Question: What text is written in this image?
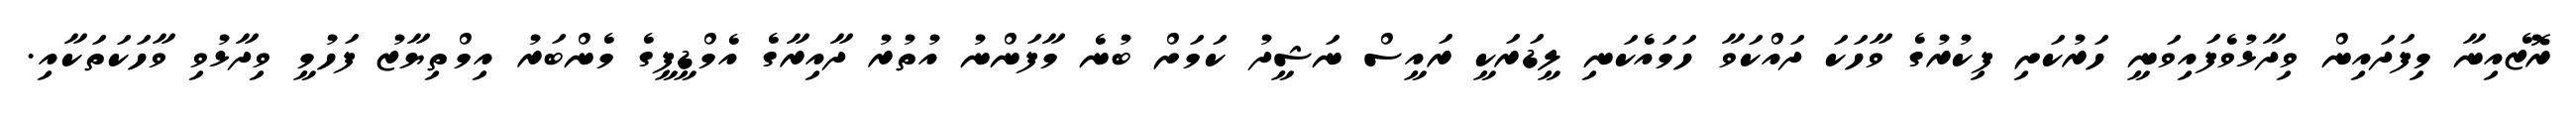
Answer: ރޮޒެއިނާ މިފަދައިން ވިދާޅުވެފައިވަނީ ހަރުކަށި ފިކުރުގެ ވާހަކަ ދައްކަވާ ހަމައެކަނި ލީޑަރަކީ ރައީސް ނަޝީދު ކަމަށް ބުނެ މާފަންނު އުތުރު ދާއިރާގެ އެމްޑީޕީގެ މެންބަރު އިމްތިޔާޒު ފަހުމީ ވިދާޅުވި ވާހަކަތަކާއި.